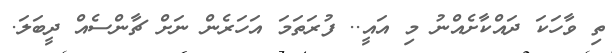
ތި ވާހަކަ ދައްކާށެއްނު މި އައީ.. ފުރަތަމަ އަހަރެން ނަށް ޗާންސެއް ދީބަލަ.